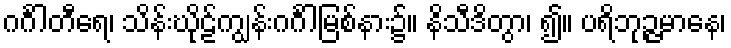
ဂင်္ဂါတီရေ၊ သိန်းဃိုဠ်ကျွန်းဂင်္ဂါမြစ်နား၌။ နိသီဒိတွာ၊ ၍။ ပရိဘုဉ္ဇမာနေ၊